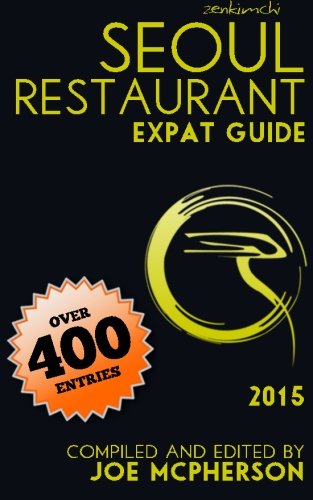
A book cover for ZenKimchi Seoul Restaurant Expat Guide 2015; Joe McPherson; Travel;